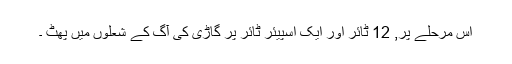
اس مرحلے پر, 12 ٹائر اور ایک اسپیئر ٹائر پر گاڑی کی آگ کے شعلوں میں پھٹ ۔